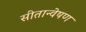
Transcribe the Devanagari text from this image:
सीतान्वेषण